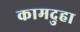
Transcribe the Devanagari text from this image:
कामदुहा